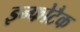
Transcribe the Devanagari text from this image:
इन्फोटैक